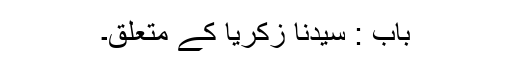
باب : سیدنا زکریاؑ کے متعلق۔